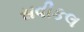
સવીકલ